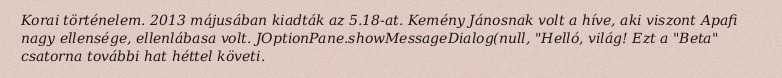
Korai történelem. 2013 májusában kiadták az 5.18-at. Kemény Jánosnak volt a híve, aki viszont Apafi nagy ellensége, ellenlábasa volt. JOptionPane.showMessageDialog(null, "Helló, világ! Ezt a "Beta" csatorna további hat héttel követi.